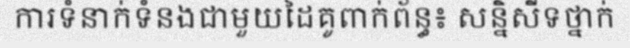
ការទំនាក់ទំនងជាមួយដៃគូពាក់ព័ន្ធ៖ សន្និសីទថ្នាក់